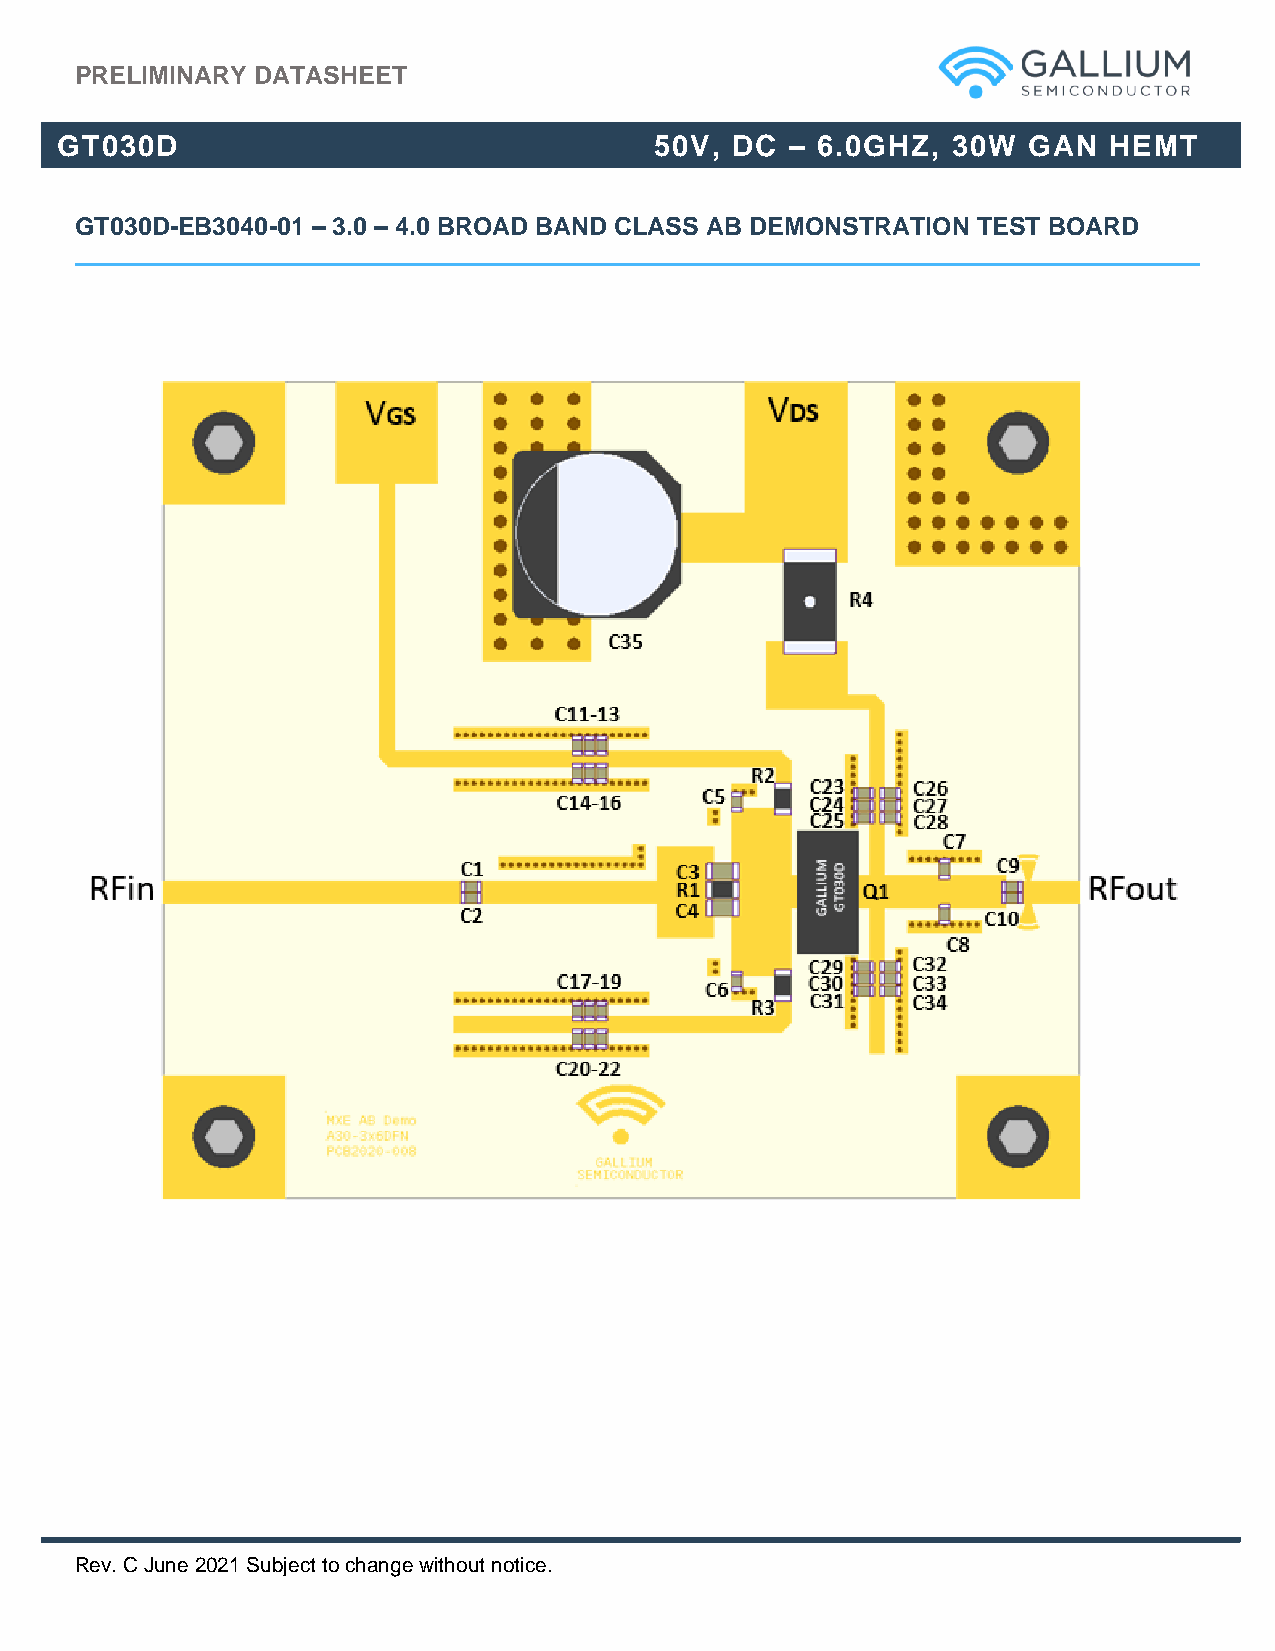
PRELIMINARY DATASHEET
 GT030D                                 50V, DC  – 6.0GHZ,  30W  GAN  HEMT
 GT030D-EB3040-01 – 3.0 – 4.0 BROAD BAND CLASS AB DEMONSTRATION TEST BOARD
 Rev. C June 2021 Subject to change without notice.